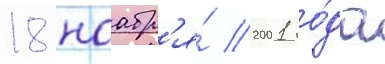
18 ноабр'я́ 2001 го́да